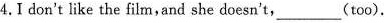
4.I don't like the film,and she doesn't,_-(too).